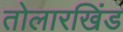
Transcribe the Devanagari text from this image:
तोलारखिंड